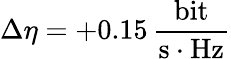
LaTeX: \Delta\eta=+0.15\, \frac{\mathrm{bit}}{\mathrm{s}\cdot\mathrm{Hz}}